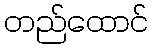
တည်ထောင်